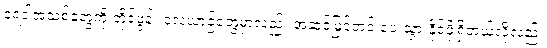
ရေဒါအသစ်တွေကို တိုင်ဖွန်း လေယာဉ်တွေမှာလည်း အဆင့်မြှင့်တင် ပေးသွားနိုင်ဖို့ရှိတယ်လို့လည်း